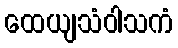
ထေယျသံဝါသကံ